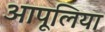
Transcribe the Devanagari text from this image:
आपूलिया